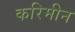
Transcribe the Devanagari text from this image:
करिमीन